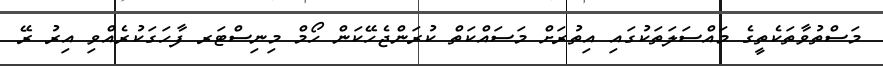
މަސްތުވާތަކެތީގެ މައްސަލަތަކުގައި އިތުރަށް މަސައްކަތް ކުރަންޖެހޭކަން ހޯމް މިނިސްޓަރ ފާހަގަކުރެއްވި އިރު ރޭ